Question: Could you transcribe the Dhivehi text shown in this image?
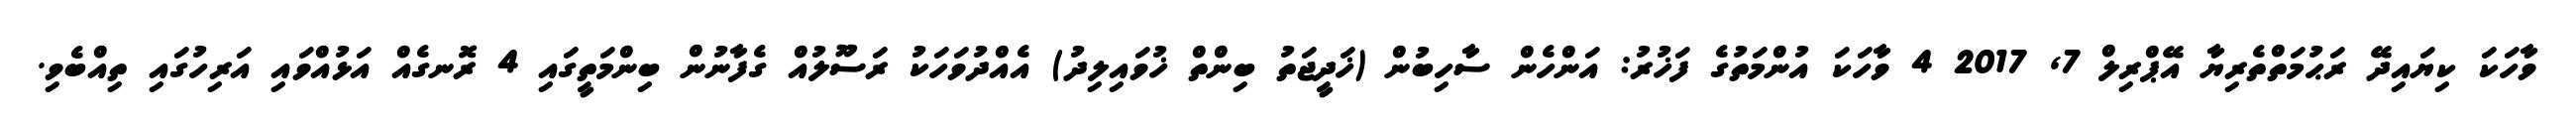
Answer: ވާހަކަ ކިޔައިދޭ ރަޙުމަތްތެރިޔާ އޭޕްރިލް 7, 2017 4 ވާހަކަ އުންމަތުގެ ފަޚުރު: އަންހެން ސާހިބުން (ޚަދީޖަތު ބިންތް ޚުވައިލިދު) އެއްދުވަހަކު ރަސޫލުއް ގެފާނުން ބިންމަތީގައި 4 ރޮނގެއް އަޅުއްވައި އަރިހުގައި ތިއްބެވި.